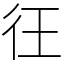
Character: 彺